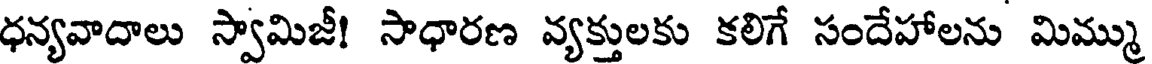
ధన్యవాదాలు స్వామిజీ! సాధారణ వ్యక్తులకు కలిగే సందేహాలను మిమ్ము